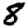
Digit: 8